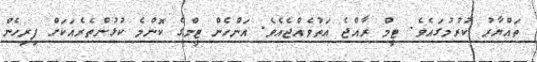
ތައްޔާރު ކުރުމުގައެވެ. ޓީމް ރާއްޖެ އަތުވެއްޖެއެވެ. އަންހެން ޓީމްގެ ކޮންމެ ކުޅުންތެރެއަކަށް ފިރިހެން